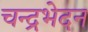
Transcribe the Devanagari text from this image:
चन्द्रभेदन